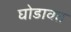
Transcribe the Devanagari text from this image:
घोडावत